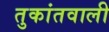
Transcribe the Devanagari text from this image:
तुकांतवाली